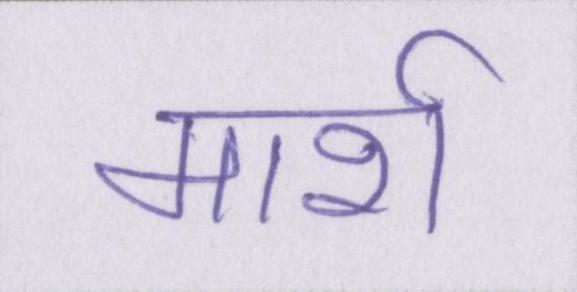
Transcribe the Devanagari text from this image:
मार्श